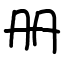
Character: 册